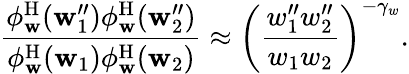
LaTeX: \frac{\phi_{\mathbf{w}}^{\mathrm{H}}(\mathbf{w}_{1}^{\prime\prime})\phi_{\mathbf{w}}^{\mathrm{H}}(\mathbf{w}_{2}^{\prime\prime})}{\phi_{\mathbf{w}}^{\mathrm{H}}(\mathbf{w}_{1})\phi_{\mathbf{w}}^{\mathrm{H}}(\mathbf{w}_{2})}\approx\left(\frac{w_{1}^{\prime\prime}w_{2}^{\prime\prime}}{w_{1}w_{2}}\right)^{-\gamma_{w}}.